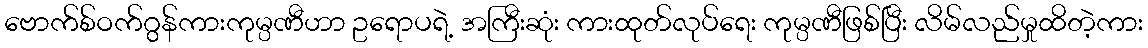
ဗောက်စ်ဝက်ဂွန်ကားကုမ္ပဏီဟာ ဥရောပရဲ့ အကြီးဆုံး ကားထုတ်လုပ်ရေး ကုမ္ပဏီဖြစ်ပြီး လိမ်လည်မှုထိတဲ့ကား